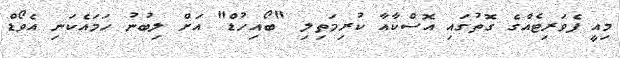
މިއީ ފެވަރިޓެއްގެ ގޮތުގައި އޮސްކާއާ ކުރިމަތިލި "ބޯއިހުޑް" އަށް ލިބުނު ހަމައެކަނި އެވޯޑް